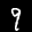
Label: 9